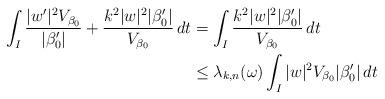
LaTeX: \begin{align*}\int_I \frac{|w'|^2 V_{\beta_0}}{|\beta_0'|} + \frac{k^2 |w|^2 | \beta_0'|}{V_{\beta_0}} \,dt&= \int_I \frac{k^2 |w|^2 | \beta_0'|}{V_{\beta_0}} \,dt \\& \le \lambda_{k,n}(\omega) \int_I |w|^2 V_{\beta_0} | \beta_0'| \,dt \\ \end{align*}